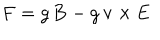
\mathbf { F } = g \, \mathbf { B } - g \, \mathbf { v } \times \mathbf { E }